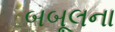
બબૂલના